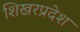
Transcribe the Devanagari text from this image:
शिखरप्रदेश